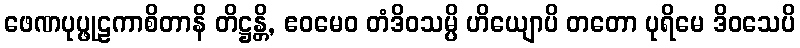
ဖေဏပုပ္ဖုဠကာစိတာနိ တိဋ္ဌန္တိ, ဧဝမေဝ တံဒိဝသမ္ပိ ဟိယျောပိ တတော ပုရိမေ ဒိဝသေပိ